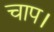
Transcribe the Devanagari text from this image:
चाप।